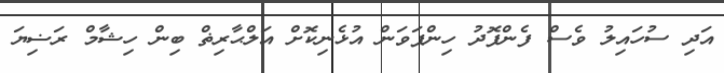
އަދި ސުހައިލު ވެސް ފެންފޮދު ހިންޕަވަން އުޅެނިކޮށް އަލްޙާރިޡް ބިން ހިޝާމް ރަޟިޔަ